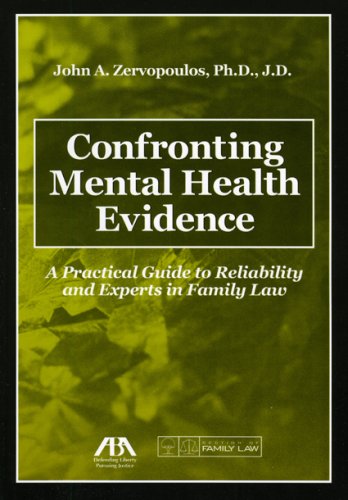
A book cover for Confronting Mental Health Evidence: A Practical Guide to Reliability and Experts in Family Law; John A. Zervopoulos; Parenting & Relationships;